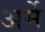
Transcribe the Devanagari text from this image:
अर्मे